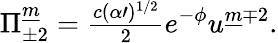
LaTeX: \Pi_{\pm 2}^{\underline{{m}}}={\textstyle\frac{c(\alpha\prime)^{1/2}}{2}}e^{-\phi}u^{\underline{{m}}\mp 2}.